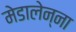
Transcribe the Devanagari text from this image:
मेडालेन्ना